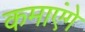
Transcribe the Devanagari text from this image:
कमाएंगे